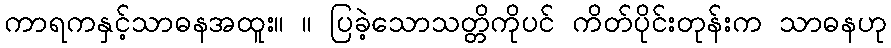
ကာရကနှင့်သာဓနအထူး။ ။ ပြခဲ့သောသတ္တိကိုပင် ကိတ်ပိုင်းတုန်းက သာဓနဟု